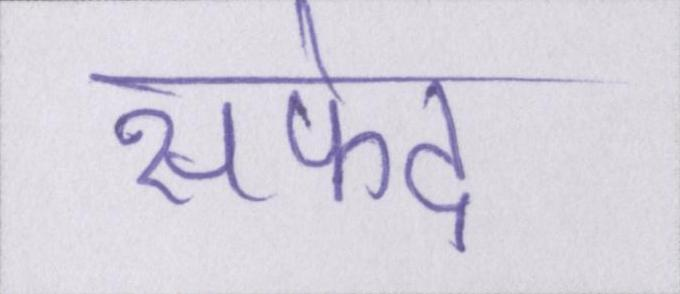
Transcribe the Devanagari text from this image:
सफेद